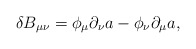
\begin{align*}\delta B_{\mu\nu} = \phi_{\mu} \partial_{\nu} a - \phi_{\nu} \partial_{\mu} a,\end{align*}